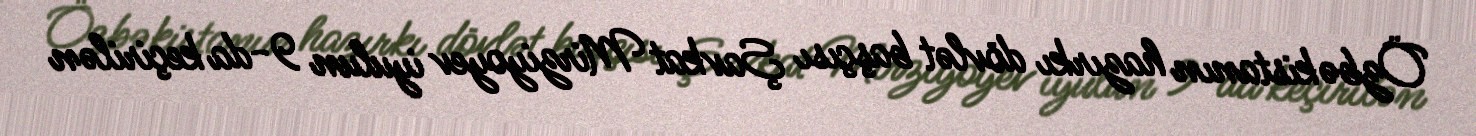
Özbəkistanın hazırkı dövlət başçısı Şavkat Mirziyoyev iyulun 9-da keçirilən